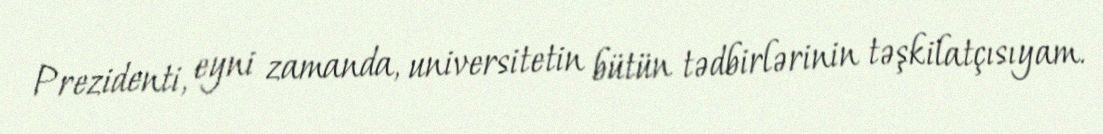
Prezidenti, eyni zamanda, universitetin bütün tədbirlərinin təşkilatçısıyam.